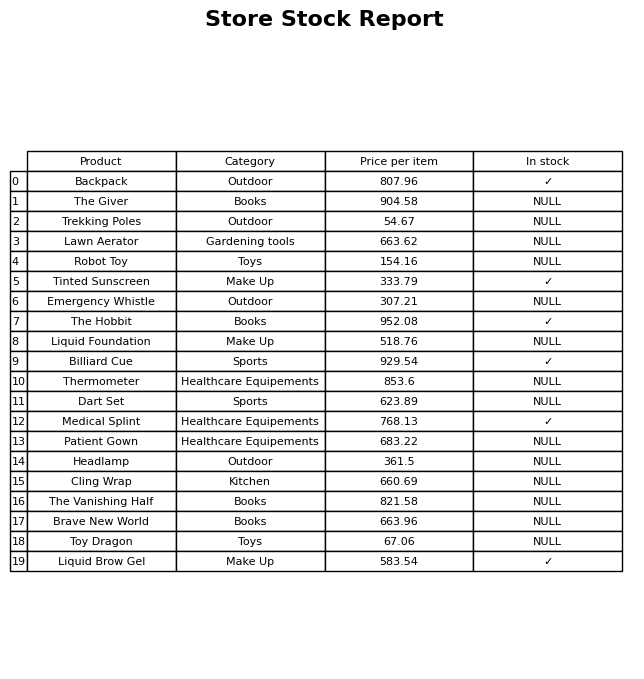
question: Which products are currently out of stock?
answer: The Giver, Trekking Poles, Lawn Aerator, Robot Toy, Emergency Whistle, Liquid Foundation, Thermometer, Dart Set, Patient Gown, Headlamp, Cling Wrap, The Vanishing Half, Brave New World, Toy Dragon